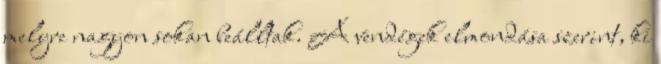
melyre nagyon sokan beálltak. A vendégek elmondása szerint, ki